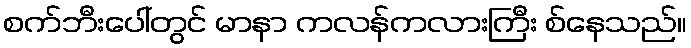
စက်ဘီးပေါ်တွင် မာနာ ကလန်ကလားကြီး စ်နေသည်။